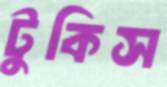
টুকিস